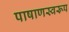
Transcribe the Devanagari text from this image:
पाषाणस्वरूप